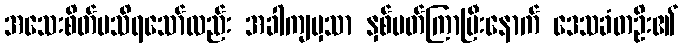
အသေးစိတ်မသိရသော်လည်း အခါကျမှသာ နှစ်ပတ်ကြာပြီးနောက် ဒေသခံတဦး၏